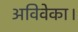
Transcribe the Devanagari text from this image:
अविवेका।